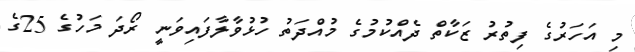
މި އަހަރުގެ ފިތުރު ޒަކާތް ދެއްކުމުގެ މުއްދަތު ހުޅުވާލާފައިވަނީ ރޯދަ މަހުގެ 25ގެ